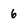
Character: 6